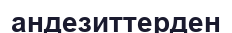
андезиттерден